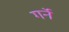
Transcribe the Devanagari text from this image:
गर्ने